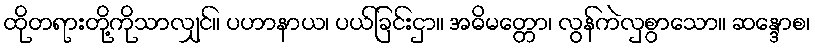
ထိုတရားတို့ကိုသာလျှင်။ ပဟာနာယ၊ ပယ်ခြင်းငှာ။ အဓိမတ္တော၊ လွန်ကဲလှစွာသော။ ဆန္ဒောစ၊